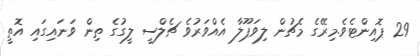
29 ޕޮއިންޓެވެ.މިރޭގެ މެޗުން ލިވަޕޫލާ އެއްވަރުވެ ޗެލްސީ ލީގުގެ ތިން ވަނައިގައި އޮތީ